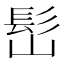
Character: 𩫺